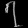
Digit: ၇